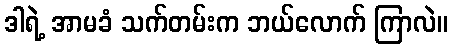
ဒါရဲ့ အာမခံ သက်တမ်းက ဘယ်လောက် ကြာလဲ။